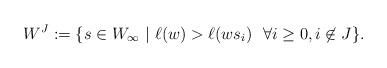
LaTeX: \begin{align*}W^{J} := \{ s \in W_{\infty} \ |\ \ell(w) > \ell(ws_i) \ \ \forall i\geq 0, i\not\in J\}.\end{align*}